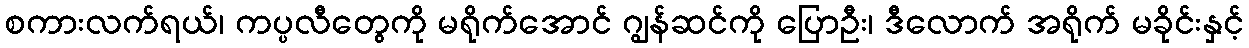
စကားလက်ရယ်၊ ကပ္ပလီတွေကို မရိုက်အောင် ဂျွန်ဆင်ကို ပြောဦး၊ ဒီလောက် အရိုက် မခိုင်းနှင့်